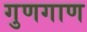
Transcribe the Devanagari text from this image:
गुणगाण